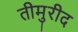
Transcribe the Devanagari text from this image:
तीमुरीद